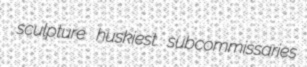
sculpture huskiest subcommissaries